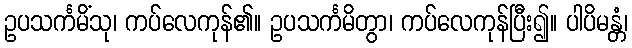
ဥပသင်္ကမိံသု၊ ကပ်လေကုန်၏။ ဥပသင်္ကမိတွာ၊ ကပ်လေကုန်ပြီး၍။ ပါပိမန္တံ၊